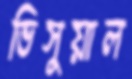
ভিসুয়াল